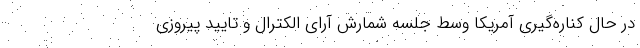
در حال کناره‌گیری آمریکا وسط جلسه شمارش آرای الکترال و تایید پیروزی